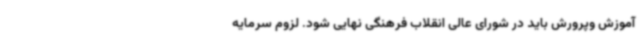
آموزش وپرورش باید در شورای عالی انقلاب فرهنگی نهایی شود. لزوم سرمایه